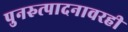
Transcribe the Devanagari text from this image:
पुनरुत्पादनावरही